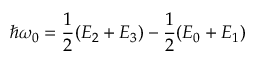
\hbar \omega _ { 0 } = \frac { 1 } { 2 } ( E _ { 2 } + E _ { 3 } ) - \frac { 1 } { 2 } ( E _ { 0 } + E _ { 1 } )